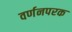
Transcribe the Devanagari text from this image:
वर्णनपरक